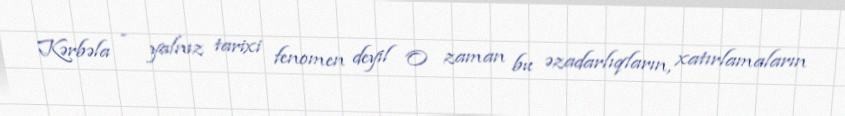
Kərbəla - yalnız tarixi fenomen deyil O zaman bu əzadarlıqların, xatırlamaların